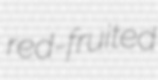
red-fruited